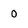
Character: o